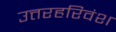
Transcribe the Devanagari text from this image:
उत्तरहरिवंश